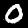
Digit: 0